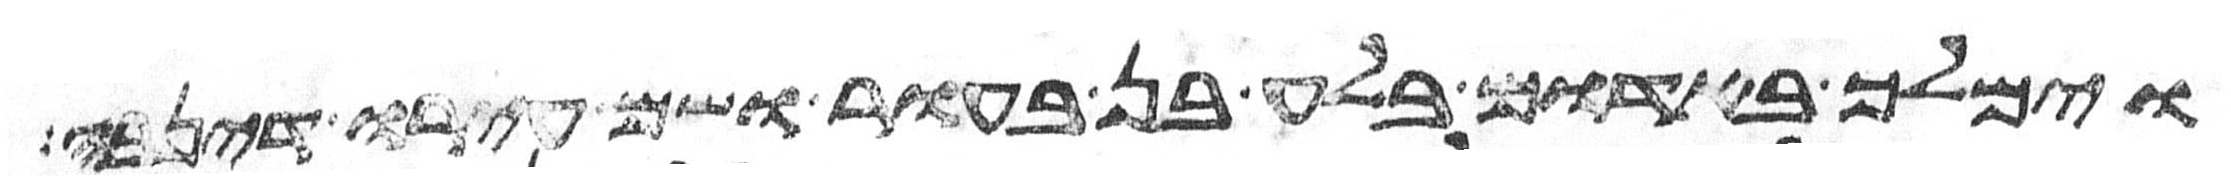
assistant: וימלך באדום בלע בן בעור ושם עירו דנהבה